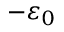
- \varepsilon _ { 0 }